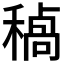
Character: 𮃥